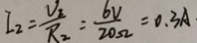
I _ { 2 } = \frac { V _ { 2 } } { R _ { 2 } } = \frac { 6 V } { 2 0 \Omega } = 0 . 3 A .